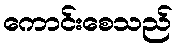
ကောင်းစေသည်